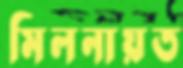
মিলনায়ত